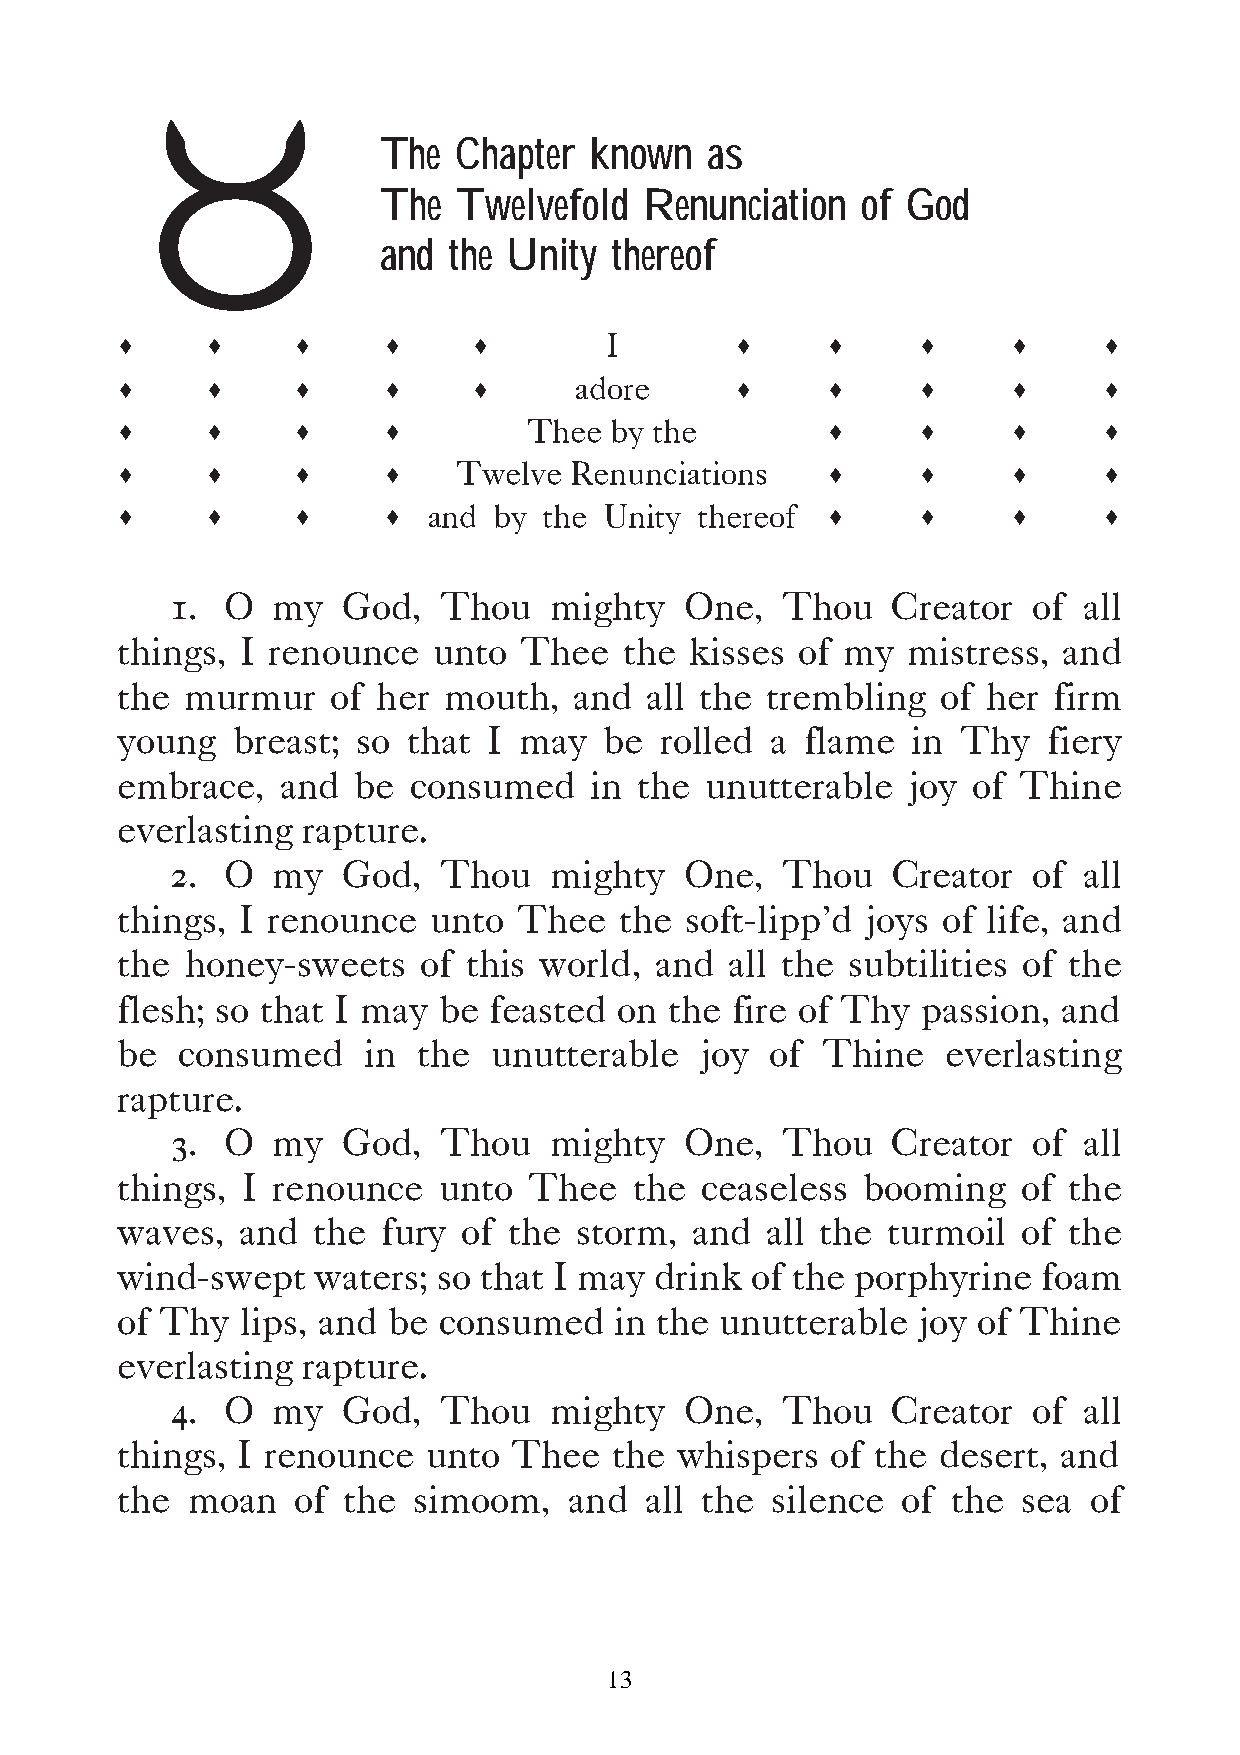
b
 The  Chapter  known   as
 The  Twelvefold   Renunciation  of God
 and  the Unity  thereof
 s     s    s     s     s                 s     s     s     s     s
 I
 s     s    s     s     s                 s     s     s     s     s
 adore
 s     s    s     s                             s     s     s     s
 Thee by the
 s     s    s     s                             s     s     s     s
 Twelve  Renunciations
 s     s    s     s                             s     s     s     s
 and  by the Unity thereof
 1.  O  my   God,  Thou   mighty   One,   Thou   Creator  of  all
 things, I renounce   unto Thee   the  kisses of my  mistress, and
 the murmur    of her mouth,   and  all the trembling  of her  firm
 young  breast;  so that I may   be  rolled a flame  in  Thy  fiery
 embrace,   and be  consumed    in the  unutterable  joy of  Thine
 everlasting rapture.
 2.  O  my   God,  Thou   mighty   One,   Thou   Creator  of  all
 things, I renounce   unto Thee   the soft-lipp’d joys of life, and
 the honey-sweets    of this world, and  all the subtilities of the
 flesh; so that I may be feasted  on the fire of Thy  passion, and
 be  consumed    in  the unutterable   joy  of Thine    everlasting
 rapture.
 3.  O  my   God,  Thou   mighty   One,   Thou   Creator  of  all
 things, I renounce   unto  Thee   the ceaseless  booming    of the
 waves,  and  the fury  of the storm,  and  all the turmoil  of the
 wind-swept   waters; so that I may drink  of the porphyrine  foam
 of Thy  lips, and be consumed    in the unutterable  joy of Thine
 everlasting rapture.
 4.  O  my   God,  Thou   mighty   One,   Thou   Creator  of  all
 things, I renounce  unto  Thee   the whispers  of the desert, and
 the moan   of  the simoom,    and  all the silence  of the  sea of
 13